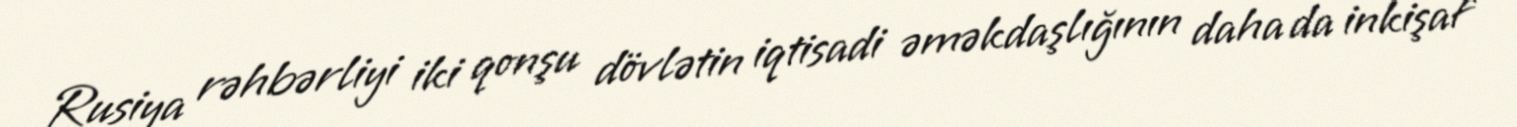
Rusiya rəhbərliyi iki qonşu dövlətin iqtisadi əməkdaşlığının daha da inkişaf